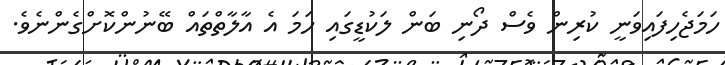
ހަމަޖެހިފައިވަނީ ކުރިން ވެސް ދޯނި ބަން ލަކުޑީގައި ހަމަ އެ އާލާތްތައް ބޭނުންކޮށްގެންނެވެ.